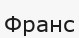
Франс